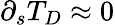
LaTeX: \partial_{s}T_{D}\approx 0